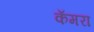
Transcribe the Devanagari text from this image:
कॅमरा